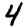
Digit: 4